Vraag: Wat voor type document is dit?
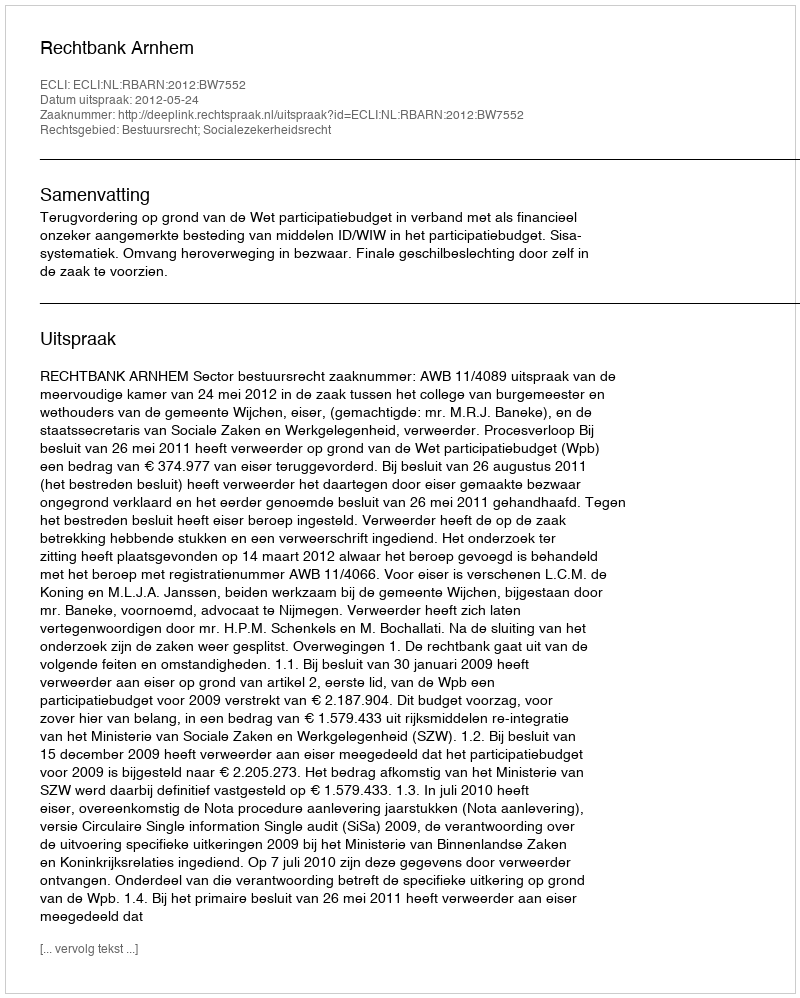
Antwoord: Uitspraak